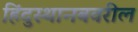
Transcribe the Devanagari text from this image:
हिंदुस्थानबवरील